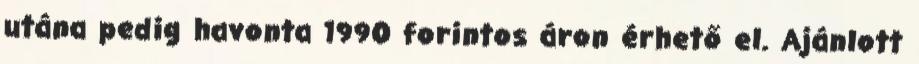
utána pedig havonta 1990 forintos áron érhető el. Ajánlott